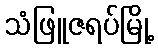
သံဖြူဇရပ်မြို့